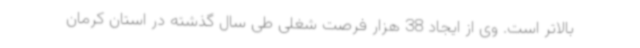
بالاتر است. وی از ایجاد 38 هزار فرصت شغلی طی سال گذشته در استان کرمان